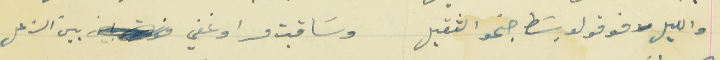
والليل فوقو لو بسَط جنحو الثقيل                                   وسَاقبت مرا وغفي بين الزعل